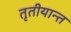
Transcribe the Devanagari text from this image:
तृतीयान्त